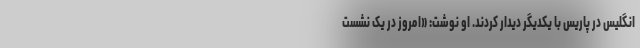
انگلیس در پاریس با یکدیگر دیدار کردند. او نوشت: «امروز در یک نشست